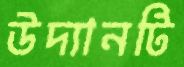
উদ্যানটি